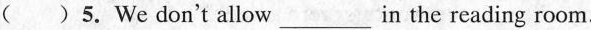
( ) 5.We don't allow ___in the reading room.